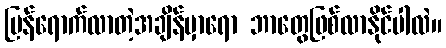
ပြန်ရောက်လာတဲ့အချိန်မှာရော ဘာတွေဖြစ်လာနိုင်ပါလဲ။